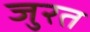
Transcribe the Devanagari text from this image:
जुरत